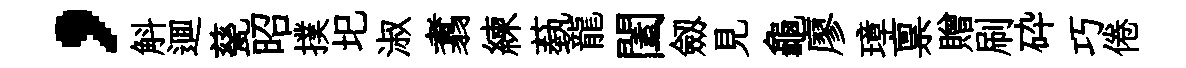
，斛逥甆昭撲圯淑翥練蓺龍闔劔見龜廖璋禀贈刷砕巧倦